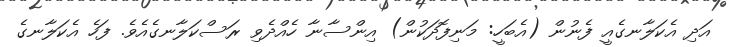
އަދި އެކަލާނގެއީ ފެނުން (އެބަހީ: މަނިފޮދަކުން) އިންސާނާ ހެއްދެވި ރަސްކަލާނގެއެވެ. ފަހެ އެކަލާނގެ